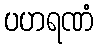
ပဟရဏံ